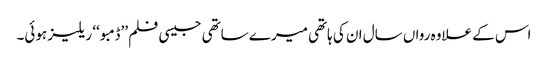
اس کے علاوہ رواں سال ان کی ہاتھی میرے ساتھی جیسی فلم ’’ڈمبو ‘‘ ریلیز ہوئی۔